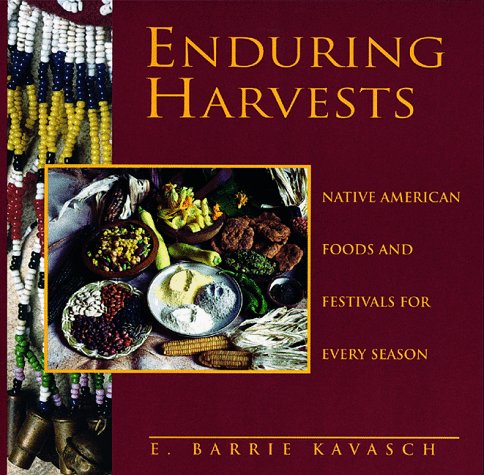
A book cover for Enduring Harvests; E-Barrie Kavasch; Cookbooks, Food & Wine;